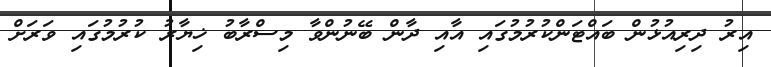
އިރު ދިރިއުޅުން ބައްޓަންކުރުމުގައި އާއި ދާން ބޭނުންވާ މިސްރާބު ޚިޔާރު ކުރުމުގައި ވަރަށް